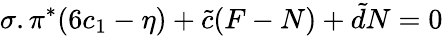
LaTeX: \sigma.\pi^{*}(6c_{1}-\eta)+{\tilde{c}}(F-N)+{\tilde{d}}N=0